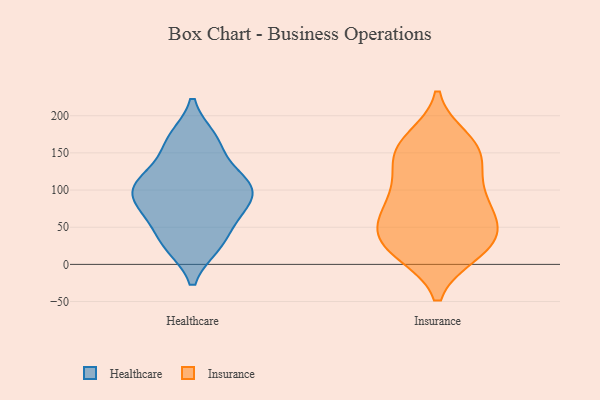
{"axis": {"x": "Demand Index", "y": "Value"}, "legend": ["Healthcare", "Insurance"], "data": [{"x": "", "y": 104, "type": "Healthcare"}, {"x": "", "y": 71, "type": "Healthcare"}, {"x": "", "y": 123, "type": "Healthcare"}, {"x": "", "y": 26, "type": "Healthcare"}, {"x": "", "y": 104, "type": "Healthcare"}, {"x": "", "y": 169, "type": "Healthcare"}, {"x": "", "y": 105, "type": "Healthcare"}, {"x": "", "y": 61, "type": "Healthcare"}, {"x": "", "y": 27, "type": "Healthcare"}, {"x": "", "y": 163, "type": "Healthcare"}, {"x": "", "y": 86, "type": "Healthcare"}, {"x": "", "y": 66, "type": "Insurance"}, {"x": "", "y": 147, "type": "Insurance"}, {"x": "", "y": 30, "type": "Insurance"}, {"x": "", "y": 122, "type": "Insurance"}, {"x": "", "y": 156, "type": "Insurance"}, {"x": "", "y": 59, "type": "Insurance"}, {"x": "", "y": 16, "type": "Insurance"}, {"x": "", "y": 56, "type": "Insurance"}, {"x": "", "y": 93, "type": "Insurance"}, {"x": "", "y": 37, "type": "Insurance"}, {"x": "", "y": 146, "type": "Insurance"}, {"x": "", "y": 17, "type": "Insurance"}, {"x": "", "y": 161, "type": "Insurance"}, {"x": "", "y": 16, "type": "Insurance"}, {"x": "", "y": 43, "type": "Insurance"}, {"x": "", "y": 168, "type": "Insurance"}, {"x": "", "y": 85, "type": "Insurance"}, {"x": "", "y": 100, "type": "Insurance"}]}